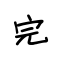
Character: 完